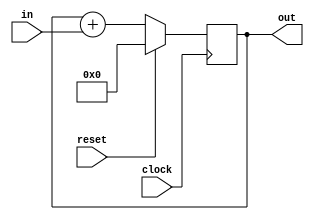
module Accumulator(clock, reset, in, out);
input clock, reset;
input [3:0] in;
output [3:0] out;
reg         [3:0] out;

always @(posedge clock)
begin
  if(reset)
  begin
    out = 4'd0;
  end

  else
  begin
    out = out + in;
  end
end

endmodule